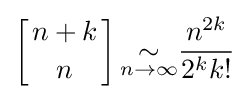
\left[{n+k \atop n}\right]{\underset {n\to \infty }{\sim }}{\frac {n^{2k}}{2^{k}k!}}